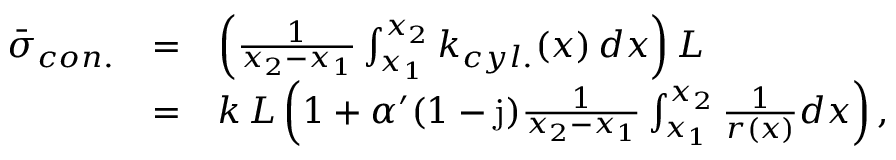
\begin{array} { l c l } { \bar { \sigma } _ { c o n . } } & { = } & { \left( \frac { 1 } { x _ { 2 } - x _ { 1 } } \int _ { x _ { 1 } } ^ { x _ { 2 } } { k _ { c y l . } ( x ) \, d x } \right) L } \\ & { = } & { k \, L \left( 1 + \alpha ^ { \prime } ( 1 - \mathrm { j } ) \frac { 1 } { x _ { 2 } - x _ { 1 } } \int _ { x _ { 1 } } ^ { x _ { 2 } } \frac { 1 } { r ( x ) } d x \right) , } \end{array}